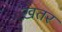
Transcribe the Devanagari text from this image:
ख़तर